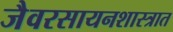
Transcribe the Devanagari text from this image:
जैवरसायनशास्त्रात